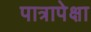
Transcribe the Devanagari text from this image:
पात्रापेक्षा